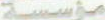
مؤسسة